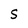
Character: S